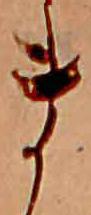
ま